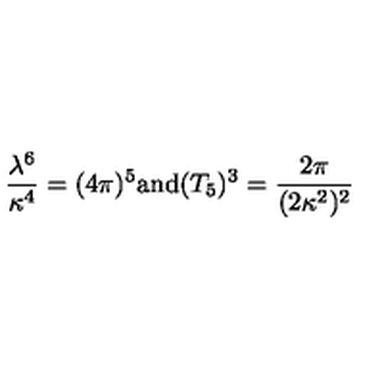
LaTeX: \frac { \lambda ^ { 6 } } { \kappa ^ { 4 } } = ( 4 \pi ) ^ { 5 } \mathrm { a n d } ( T _ { 5 } ) ^ { 3 } = \frac { 2 \pi } { ( 2 \kappa ^ { 2 } ) ^ { 2 } }